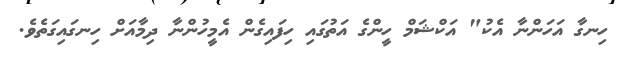
ހިނގާ އަހަންނާ އެކު" އަކްޝަމް ހީންގެ އަތުގައި ހިފައިގެން އެމީހުންނާ ދިމާއަށް ހިނގައިގަތެވެ.